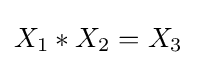
X_{1}*X_{2}=X_{3}